Vital statistics of India. Vol. IV, Annual returns from 1871 to 1876. British Army of India, Native Army and jails of Bengal
Year: 1871
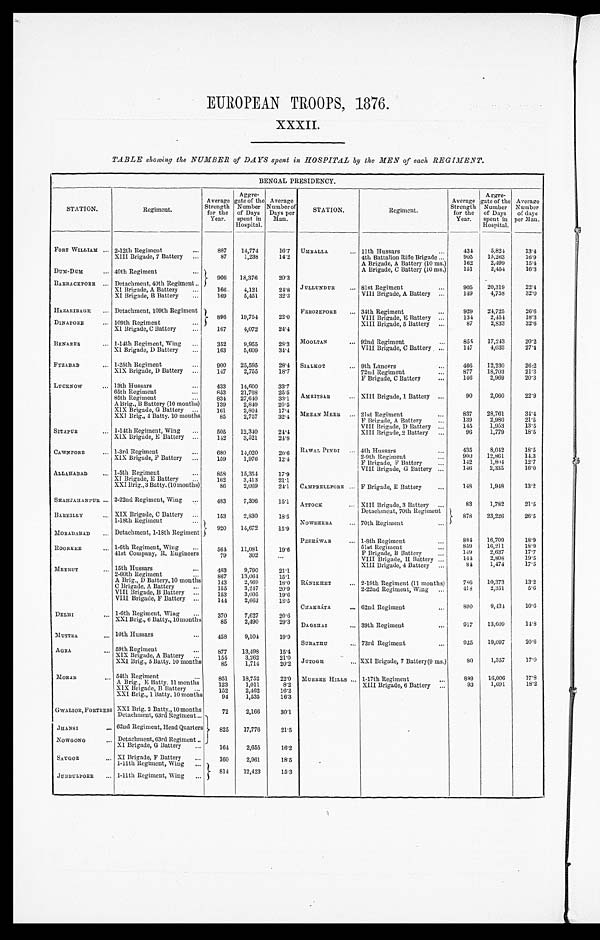
EUROPEAN TROOPS, 1876.
XXXII.
TABLE showing the NUMBER of DAYS spent in HOSPITAL by the MEN of each REGIMENT.
BENGAL PRESIDENCY.
STATION.
Regiment.
Average
Strength for the
Year.
Aggre-
gate of the
Number
of Days
spent in
Hospital.
Average
Number of
Days per
Man.
STATION.
Regiment.
Average
Strength for the
Year.
Aggre-
gate of the
Number
of Days
spent in
Hospital.
Average
Number of days
per Man.
FORT WILLIAM 2-12th Regiment
887 14,774
16. 7 UMBALLA 11th Hussars
434
5,824
1 3 . 4
XIII Brigade, 7 Battery
87
1,238
14. 2
4th Battalion Rifle Brigade
905 15,263
1 6 . 9
A Brigade, A Battery (10 ms.)
162
2,499
1 5 . 4
A Brigade, C Battery (10 ms.) 151
2,454
1 6 . 3
DUM-DUM 40th Regiment
906 18,376
20.3
BARRACKPORE Detachment, 40th Regiment
XI Brigade, A Battery
166 4,121
24. 8 JULL UNDUR 81st Regiment
9 0 5
2 0 , 3 1 9
2 2 . 4
XI Brigade, B Battery
169
5,451
32. 3
V I I I B r i g a d e , A B a t t e r y
1 4 9
4 , 7 5 8
3 2 . 0
HAZARIBAGH Detachment, 109th Regiment 896 19,754
22. 0 FEROZEPORE 34th Regiment
929 24, 725
2 6 . 6
DINAPORE
109th Regiment
VIII Brigade, E Battery
134
2, 454
1 8 . 3
XIII Brigade, 5 Battery
87
2,833
3 2 . 6
XI Brigade, C Battery
167
4,072
24. 4
BENARES
1-14th Regiment, Wing
352
9,955
28. 3 MOOLTAN
92nd Regiment
855 17,243
20.2
XI Brigade, D Battery
163
5,609
34. 4
VIII Brigade, C Battery
1 4 7
4 , 0 3 3
2 7 . 4
FYZABAD 1-25th Regiment
900 25,595
28. 4 SIALKOT 9th Lancers
466 12,230
26.2
XIX Brigade, D Battery
147
2,755
18. 7
72nd Regiment
877 18,703
21.3
F Brigade, C Battery
146
2,969
20.3
LUCKNOW 13th Hussars
433 14,600
33. 7
65th Regiment
853 21,768
25. 5 A M R I T S A R
85th Regiment
8 3 4
27,640
33.1
XIII Brigade, 1 Battery
9 0
2 , 0 6 0
2 2 . 9
A Brig., B Battery (10 months)
139
2,849
20. 5
XIX Brigade, G Battery
161
2, 804
17. 4 MEEAN MEER 21st Regiment
837 28,761
3 4 . 4
XXI Brig., 4 Batty. 10 months
85
2,757
32. 4
F B r i g a d e , A B a t t e r y 139
2,980
21.5
VIII Brigade, D Battery
115
1,953
13.5
SITAPUR
1-14th Regiment, Wing
505 12,340
24.4
XIII Brigade, 2 Battery
96
1,779
1 8 . 5
XIX Brigade, E Battery
142
3,521
24. 8
CAWNPORE 1-3rd Regiment
680 14,020
20. 6 RAWAL PINDI 4th Hussars
435
8, 042
18.5
XIX Brigade, F Battery
159
1,976
12. 4
2-9th Regiment
F Brigade, F Battery
VIII Brigade, G Battery
9 0 0
142 1 4 6
1 2 , 8 6 1
1, 804 2 , 3 3 5
1 4 . 3
12.71 6 . 0
ALLAHABAD 1-5th Regiment
858 15,354
17. 9
XI Brigade, E Battery
162
3, 413
21.1
XXI Brig.,3 Batty. (10 months)
86
2,069
24.1 CAMPBELLPORE
F Brigade, E Battery
148
1, 948
13.2
SHAHJAHANPUR 2-22nd Regiment, Wing
483
7,306
15. 1 ATTOCK
XIII Brigade, 3 Battery
Detachment, 70th Regiment
83
1,782
21.5
BARELLY
XIX Brigade, C Battery
153
2,830
18. 5
878 23,226
2 6 . 5
1-18th Regiment
920 14,672
15.9
NOWSHERA 70th Regiment
MORADABAD Detachment, 1-18th Regiment
PESHÁWAR 1-8th Regiment
884 16,709
1 8 . 9
ROORKEE 1-6th Regiment, Wing
5 6 4 11,081
19.6
51st Regiment
F Brigade, B Battery
859 149
16,211
2,637
1 8 . 9
17.7
41st Company, R. Engineers
79
302
VIII Brigade, H Battery
144
2,808
1 9 . 5
XIII Brigade, 4 Battery
84
1,474
17.5
MEERUT
15th Hussars
463
9,790
21.1
2-60th Regiment
867 13,064
15.1
A Brig., D Battery, 10 months 143
2,569
18.0 RÁNIKHET 2-19th Regiment (11 months)
786 10,373
1 3 . 2
C Brigade, A Battery
155 3, 247
20.9
2-22nd Regiment, Wing
418
2,351
5 . 6
VIII Brigade, B Battery
153
3,005
19.6
VIII Brigade, F Battery
144
2,663
18.5 CHAKRÁTA 62nd Regiment
890
9,434
1 0 . 6
DELHI
1-6th Regiment, Wing
370
7,627
20.6
XXI Brig., 6 Batty., 10 months
85
2,490
29.3 DAGSHAI 39th Regiment
917 13,609
1 4 . 8
MUTTRA 10th Hussars
458
9,104
19.9 SUBATHU
73rd Regiment
925 19,097
2 0 . 6
AGRA
59th Regiment
877 13,498
15.4
XIX Brigade, A Battery
155
3,262
21.0
XXI Brig., 5 Batty. 10 months
85
1,714
20.2 JUTOGH
XXI Brigade, 7 Battery(9 ms.)
8 0
1 , 3 5 7
1 7 . 0
MORAR 54th Regiment
851 18,752
22.0 MURREE HILLS 1-17th Regiment
899 16,006
17.8
A Brig., E Batty. 11 months
123
1,011
8.2
XIII Brigade, 6 Battery
93
1,691
1 8 . 2
XIX Brigade, B Battery 152
2,462
16.2
XXI Brig., 1 Batty. 10 months
94
1,535
16.3
GWALIOR, FORTRESS XXI Brig, 2 Batty., 10 months
72
2,166
30.1
Detachment, 63rd Regiment
825 17,776
21.5
JHANSI 62nd Regiment, Head Quarters
NOWGONG Detachment, 63rd Regiment
XI Brigade, G Battery
164
2,655
16.2
SAUGOR
XI Brigade, F Battery
160
2,961
18.5
1-11th Regiment, Wing
814 12,423
15.3
J U B B U L P O R E 1-11th Regiment, Wing